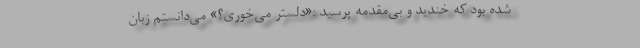
شده بود که خندید و بی‌مقدمه پرسید :«دلستر می‌خوری؟» می‌دانستم زبان